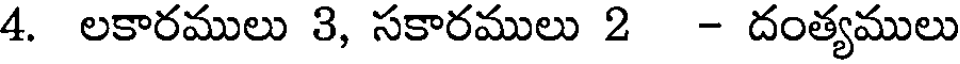
4. లకారములు 3, సకారములు 2 - దంత్యములు